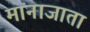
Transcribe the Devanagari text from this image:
मानाजाता